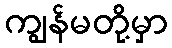
ကျွန်မတို့မှာ